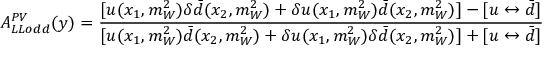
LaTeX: A _ { L L o d d } ^ { P V } ( y ) = { \frac { [ u ( x _ { 1 } , m _ { W } ^ { 2 } ) \delta \bar { d } ( x _ { 2 } , m _ { W } ^ { 2 } ) + \delta u ( x _ { 1 } , m _ { W } ^ { 2 } ) \bar { d } ( x _ { 2 } , m _ { W } ^ { 2 } ) ] - [ u \leftrightarrow \bar { d } ] } { [ u ( x _ { 1 } , m _ { W } ^ { 2 } ) \bar { d } ( x _ { 2 } , m _ { W } ^ { 2 } ) + \delta u ( x _ { 1 } , m _ { W } ^ { 2 } ) \delta \bar { d } ( x _ { 2 } , m _ { W } ^ { 2 } ) ] + [ u \leftrightarrow \bar { d } ] } }